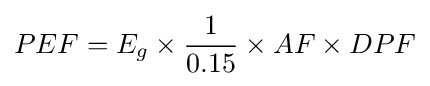
PEF=E_{g}\times {\frac {1}{0.15}}\times AF\times DPF